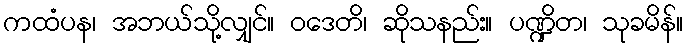
ကထံပန၊ အဘယ်သို့လျှင်။ ဝဒေတိ၊ ဆိုသနည်း။ ပဏ္ဍိတ၊ သုခမိန်။